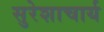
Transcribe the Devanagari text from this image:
सुरेशाचार्य